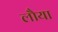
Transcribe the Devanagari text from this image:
लौया